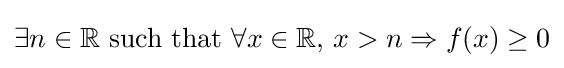
\exists n\in \mathbb {R} {\mbox{ such that }}\forall x\in \mathbb {R} {\mbox{, }}x>n\Rightarrow f(x)\geq 0